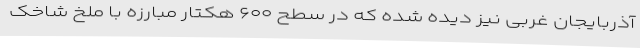
آذربایجان غربی نیز دیده شده که در سطح ۶۰۰ هکتار مبارزه با ملخ شاخک